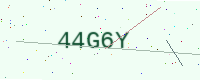
Text: 44G6Y